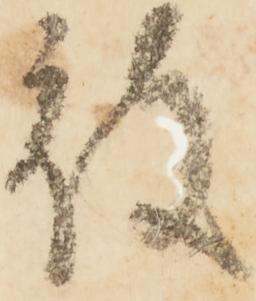
被